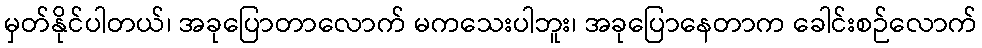
မှတ်နိုင်ပါတယ်၊ အခုပြောတာလောက် မကသေးပါဘူး၊ အခုပြောနေတာက ခေါင်းစဉ်လောက်